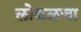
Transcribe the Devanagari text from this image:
लोकलचा